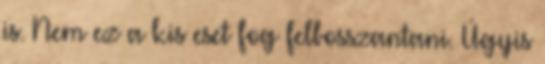
is. Nem ez a kis eset fog felbosszantani. Úgyis